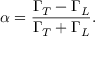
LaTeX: \alpha = \frac { \Gamma _ { T } - \Gamma _ { L } } { \Gamma _ { T } + \Gamma _ { L } } .